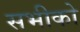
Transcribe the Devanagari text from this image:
सभीको